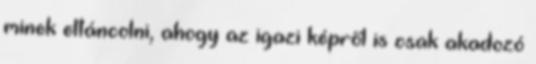
minek eltáncolni, ahogy az igazi képről is csak akadozó